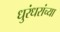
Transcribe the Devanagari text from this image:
धुरंधरांच्या